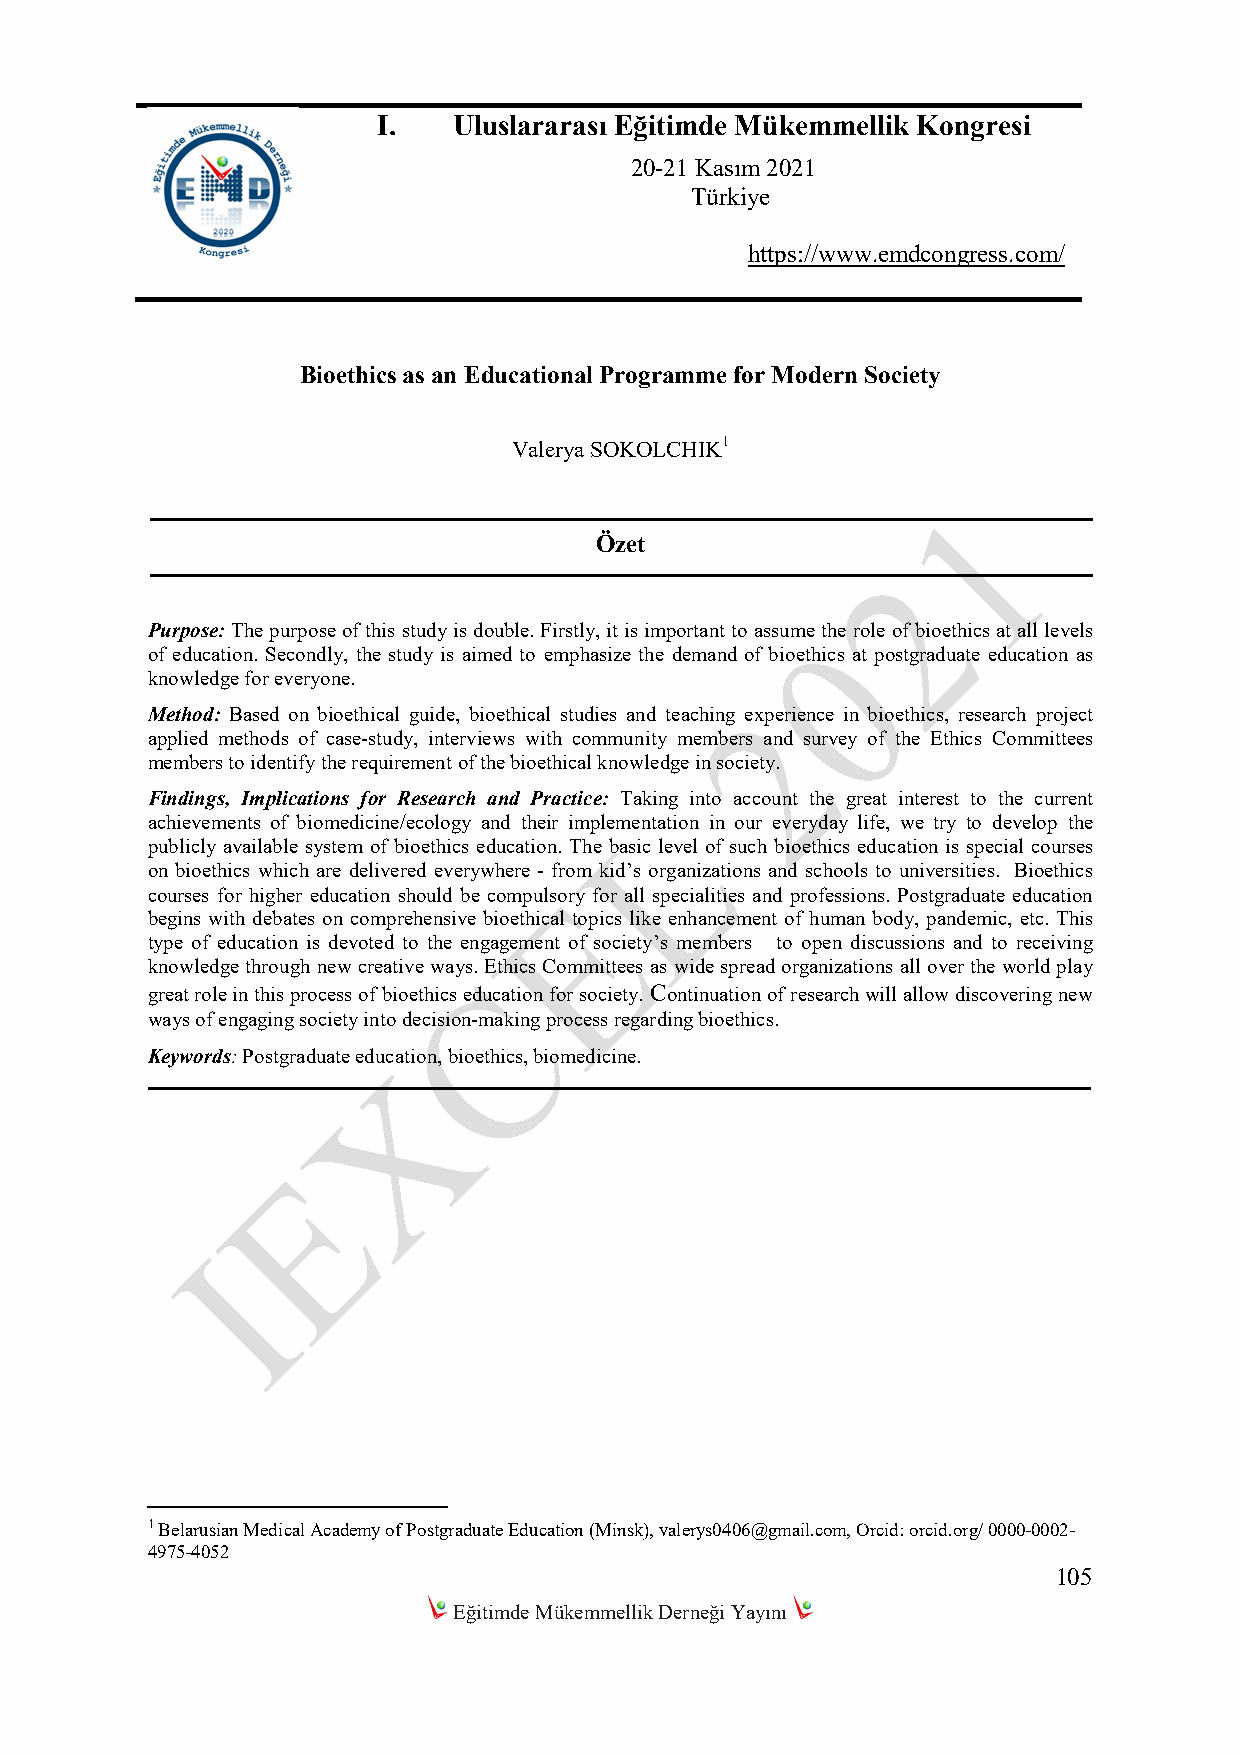
I.   Uluslararası Eğitimde Mükemmellik Kongresi
 20-21 Kasım 2021
 Türkiye
 https://www.emdcongress.com/
 Bioethics as an Educational Programme for Modern Society
 Valerya SOKOLCHIK1
 Özet
 Purpose: The purpose of this study is double. Firstly, it is important to assume the role of bioethics at all levels
 of education. Secondly, the study is aimed to emphasize the demand of bioethics at postgraduate education as
 knowledge for everyone.
 Method: Based on bioethical guide, bioethical studies and teaching experience in bioethics, research project
 applied methods of case-study, interviews with community members and survey of the Ethics Committees
 members to identify the requirement of the bioethical knowledge in society.
 Findings, Implications for Research and Practice: Taking into account the great interest to the current
 achievements of biomedicine/ecology and their implementation in our everyday life, we try to develop the
 publicly available system of bioethics education. The basic level of such bioethics education is special courses
 on bioethics which are delivered everywhere - from kid’s organizations and schools to universities. Bioethics
 courses for higher education should be compulsory for all specialities and professions. Postgraduate education
 begins with debates on comprehensive bioethical topics like enhancement of human body, pandemic, etc. This
 type of education is devoted to the engagement of society’s members to open discussions and to receiving
 knowledge through new creative ways. Ethics Committees as wide spread organizations all over the world play
 great role in this process of bioethics education for society. Continuation of research will allow discovering new
 ways of engaging society into decision-making process regarding bioethics.
 Keywords: Postgraduate education, bioethics, biomedicine.
 1 Belarusian Medical Academy of Postgraduate Education (Minsk), valerys0406@gmail.com, Orcid: orcid.org/ 0000-0002-
 4975-4052
 105
 Eğitimde Mükemmellik Derneği Yayını